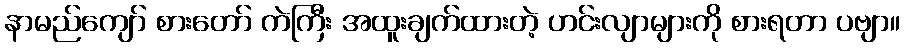
နာမည်ကျော် စားတော် ကဲကြီး အထူးချက်ထားတဲ့ ဟင်းလျာများကို စားရတာ ပဗျာ။